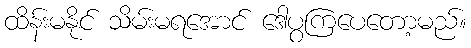
ထိန်းမနိုင် သိမ်းမရအောင် ဒေါပွကြပေတော့မည်။